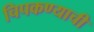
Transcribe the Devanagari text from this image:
चिपकण्याची